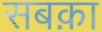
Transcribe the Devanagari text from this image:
सबक़ा